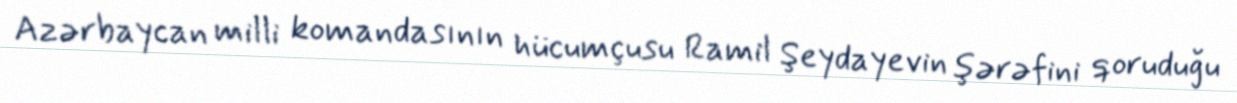
Azərbaycan milli komandasının hücumçusu Ramil Şeydayevin şərəfini qoruduğu